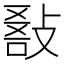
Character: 𢾵